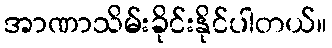
အာဏာသိမ်းခိုင်းနိုင်ပါတယ်။